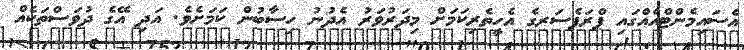
އެސައިމެންޓްއެއްގައި ޕްރަފެސަރގެ އެހީތެރިކަމަަށް މިދަރުވަރު އެދުނު ހިސާބުން ކަމަށެވެ. އަދި އޭގެ ދުވަސްތަކެއް